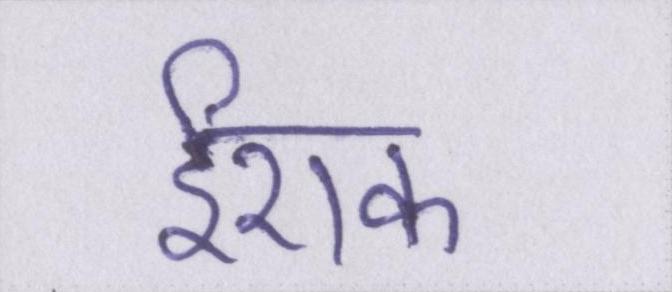
ईराक